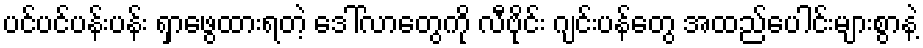
ပင်ပင်ပန်းပန်း ရှာဖွေထားရတဲ့ ဒေါ်လာတွေကို လီဗိုင်း ဂျင်းပန်တွေ အထည်ပေါင်းများစွာနဲ့